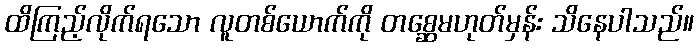
ထိကြည့်လိုက်ရသော လူတစ်ယောက်ကို တစ္ဆေမဟုတ်မှန်း သိနေပါသည်။